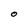
Character: O